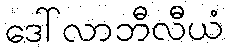
ဒေါ်လာဘီလီယံ